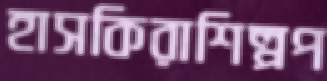
হাসকিরাশিল্পপ